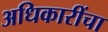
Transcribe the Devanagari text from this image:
अधिकारींचा